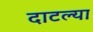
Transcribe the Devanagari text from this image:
दाटल्या